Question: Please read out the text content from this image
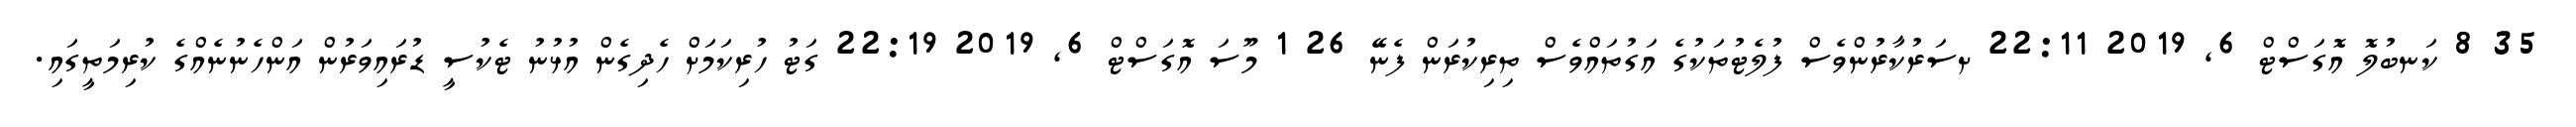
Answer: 35 8 ކަނބުލޮ އޮގަސްޓް 6, 2019 22:11 ށސަރުކާރުންވެސް ފުލެޓުތަކުގެ އަގުތައްވެސް ތިރިކުރަން ފެނޭ 26 1 މޫސަ އޮގަސްޓް 6, 2019 22:19 ގަޓު ހުރިކަމަށް ހެދިގެން އުޅުނު ޓެކުސީ ޑުރައިވަރުން އަންހެނުނެއްގެ ކުރިމަތީގައި.